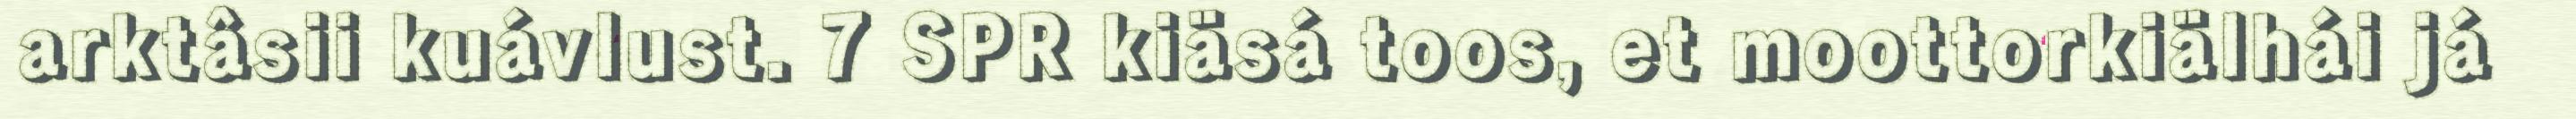
arktâsii kuávlust. 7 SPR kiäsá toos, et moottorkiälhái já